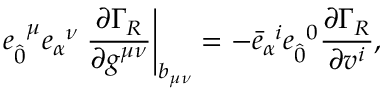
e _ { \hat { 0 } } ^ { \; \; \mu } e _ { \alpha } ^ { \; \; \nu } \left. \frac { \partial \Gamma _ { R } } { \partial g ^ { \mu \nu } } \right| _ { b _ { \mu \nu } } = - { \bar { e } } _ { \alpha } ^ { \; \; i } { e } _ { \hat { 0 } } ^ { \; \; 0 } \frac { \partial \Gamma _ { R } } { \partial v ^ { i } } ,